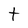
Character: t